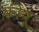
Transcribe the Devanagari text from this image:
कीयू